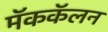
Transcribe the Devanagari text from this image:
मॅककॅलन